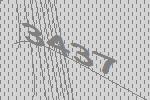
3437